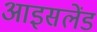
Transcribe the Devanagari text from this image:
आइसलेंड